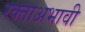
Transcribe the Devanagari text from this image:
रक्ताअभावी